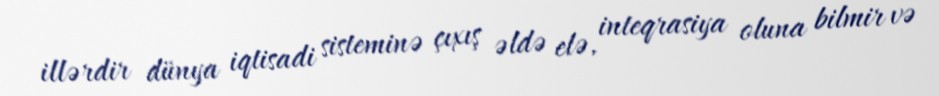
illərdir dünya iqtisadi sisteminə çıxış əldə elə, inteqrasiya oluna bilmir və